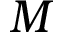
M